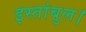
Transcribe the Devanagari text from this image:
इस्तांबुल।